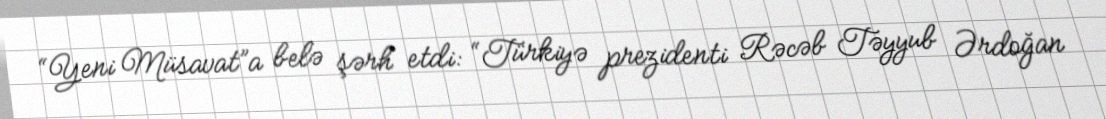
“Yeni Müsavat”a belə şərh etdi: “Türkiyə prezidenti Rəcəb Təyyub Ərdoğan